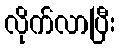
လိုက်လာပြီး